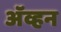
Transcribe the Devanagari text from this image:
अॅव्हन